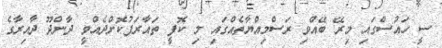
ސީ ހައުސްގައި މިރޭ ބޭއްވި ރަސްމިއްޔާތެއްގައި މި ކޮފީ ތައާރަފުކޮށްދެއްވީ ދާންދޫ ދާއިރާގެ